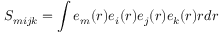
S _ { m i j k } = \int e _ { m } ( r ) e _ { i } ( r ) e _ { j } ( r ) e _ { k } ( r ) r d r